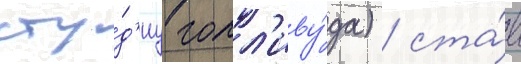
сту́д'иу голл'иву́да) / ста́в